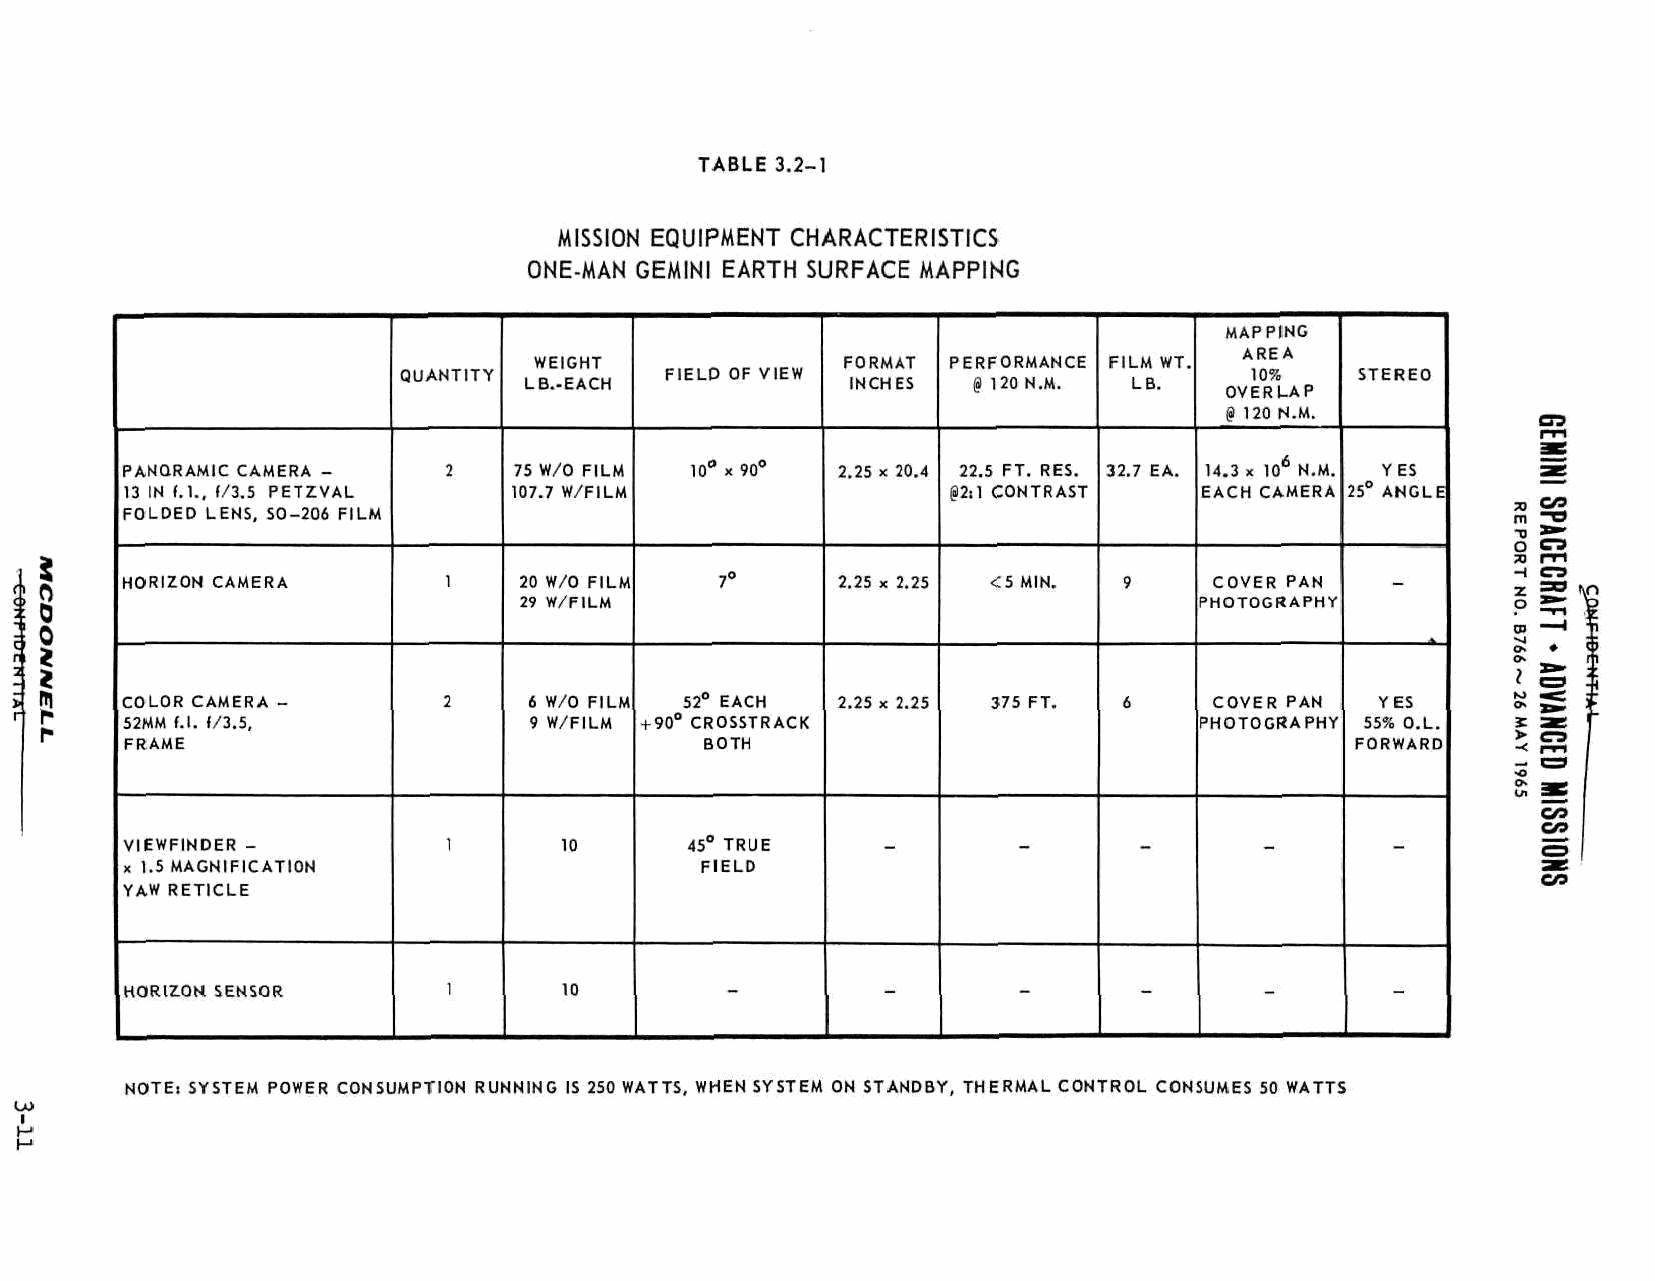
TABLE 3.2-1
 MISSION EQUIPMENT CHARACTERISTICS
 ONE-MAN GEMINI EARTH SURFACE MAPPING
 MAPPI
 ARE
 WEIGHT               FORMAT PERFORMANCE FILM WT.
 QUANTITY          FIELD OF VIEW                          10%
 LB.-EACH             INCHES  § 120 N.M. LB.
 OVERL
 @ 120 N
 PANORAMIC CAMERA -   2    75 W/O FILM 10° x 90° 2.25 x 20.4 22.5 FT. RES. 32.7 EA. 14.3 x 106
 13 IN (.1.. 1/3.5 PETZVAL 107.7 W/FILM                 @2il CONTRAST   EACH CA
 FOLDED LENS, SO-206 FILM
 HORIZON CAMERA       1    20 W/O FILM   7°     2.25 x 2.25 <5 MIN. 9    COVER
 29 W/FILM                                    PHOTOGR
 COLOR CAMERA -       2     6 W/O FILM 52° EACH 2.25 x 2.25 375 FT. 6    COVER
 52MM f.l. f/3.5,           9 W/FILM + 90° CROSSTRACK                   PHOTOGR
 FRAME                                  BOTH
 VIEWFINDER -          1      10       45° TRUE    -        -       -        -
 x 1.5 MAGNIFICATION                   FIELD
 YAW RETICLE
 HORIZON SENSOR        1      10         -         -        -       -
 "
 NOTE: SYSTEM POWER CONSUMPTION RUNNING IS 250 WATTS, WHEN SYSTEM ON STANDBY, THERMAL CONTROL CONSUMES 50